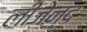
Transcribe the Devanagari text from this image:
लीजेन्द